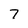
Character: 7